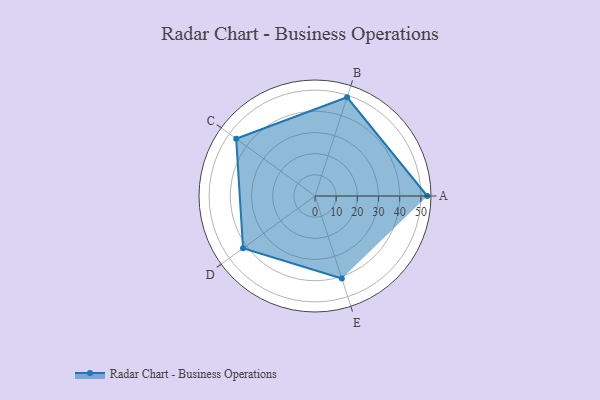
{"axis": {"x": "Skill", "y": "Score"}, "legend": ["Profile"], "data": [{"x": "A", "y": 53.0, "type": "Profile"}, {"x": "B", "y": 49.0, "type": "Profile"}, {"x": "C", "y": 46.0, "type": "Profile"}, {"x": "D", "y": 42.0, "type": "Profile"}, {"x": "E", "y": 41.0, "type": "Profile"}]}